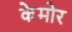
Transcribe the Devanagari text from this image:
केमोर